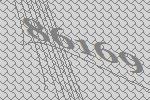
86169